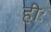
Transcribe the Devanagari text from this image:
हीः